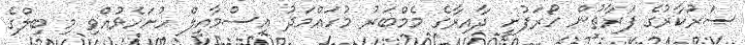
ސަރުކާރުގެ ފަރާތުން ހޯރަފުށީ ދާއިރާގެ މެމްބަރު މުހައްމަދު އިސްމާއީލް ހުށަހެޅުއްވި މި ބިލްގެ